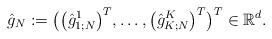
\begin{align*}\hat{g}_N := \bigl( \bigl(\hat{g}_{1;N}^1\bigr)^T,\dots,\bigl(\hat{g}_{K;N}^K\bigr)^T \bigr)^T \in\mathbb{R}^d .\end{align*}